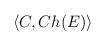
LaTeX: \begin{align*}\langle C , Ch (E) \rangle \end{align*}